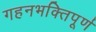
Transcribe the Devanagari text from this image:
गहनभक्तिपूर्ण